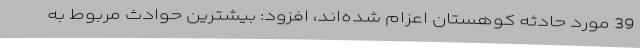
39 مورد حادثه کوهستان اعزام شده‌اند، افزود: بیشترین حوادث مربوط به